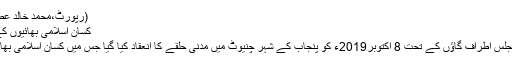
(رپورٹ،محمد خالد عطاری،نگرانِ کابینہ )
کسان اسلامی بھائیوں کے درمیان مدنی حلقہ
دعوتِ اسلامی کی مجلس اطراف گاؤں کے تحت 8 اکتوبر2019ء کو پنجاب کے شہر چنیوٹ میں مدنی حلقے کا انعقاد کیا گیا جس میں کسان اسلامی بھائیوں نے شرکت کی۔